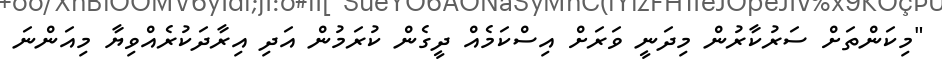
"މިކަންތަށް ސަރުކާރުން މިދަނީ ވަރަށް އިސްކަމެއް ދީގެން ކުރަމުން އަދި އިރާދަކުރެއްވިޔާ މިއަންނަ